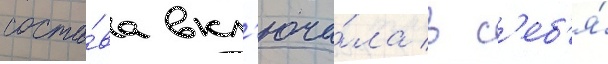
соста́ва вкл'юча́ла в с'еб'я́